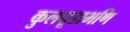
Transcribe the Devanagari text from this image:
कुलचूडाभणि